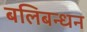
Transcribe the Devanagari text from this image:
बलिबन्धन